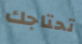
تحتاجك